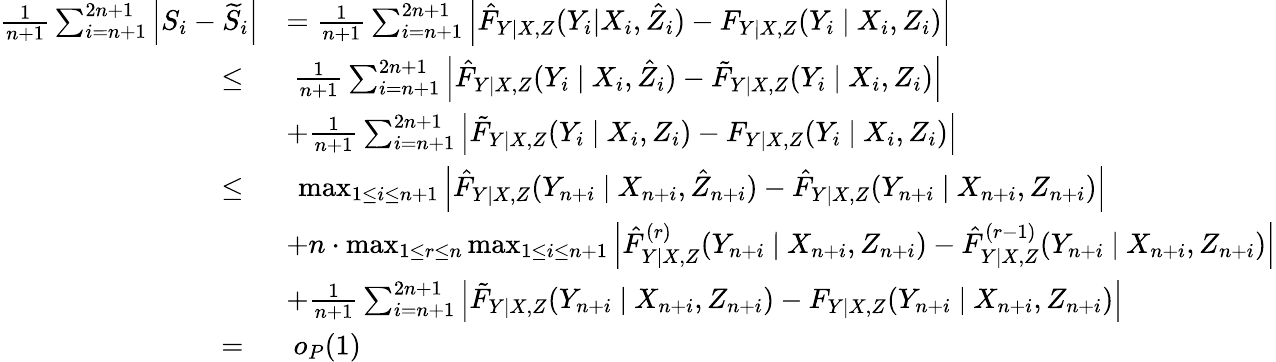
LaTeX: \begin{array}{rl}{\frac{1}{n+1}\sum_{i=n+1}^{2n+1}\left|S_{i}-\widetilde{S}_{i}\right|}&{=\frac{1}{n+1}\sum_{i=n+1}^{2n+1}\left|\hat{F}_{Y|X,Z}(Y_{i}|X_{i},\hat{Z}_{i})-F_{Y|X,Z}(Y_{i}\ |\ X_{i},Z_{i})\right|}\\ {\leq\ }&{\ \frac{1}{n+1}\sum_{i=n+1}^{2n+1}\left|\hat{F}_{Y|X,Z}(Y_{i}\ |\ X_{i},\hat{Z}_{i})-\tilde{F}_{Y|X,Z}(Y_{i}\ |\ X_{i},Z_{i})\right|}\\ &{+\frac{1}{n+1}\sum_{i=n+1}^{2n+1}\left|\tilde{F}_{Y|X,Z}(Y_{i}\ |\ X_{i},Z_{i})-F_{Y|X,Z}(Y_{i}\ |\ X_{i},Z_{i})\right|}\\ {\leq\ }&{\ \operatorname*{max}_{1\leq i\leq n+1}\left|\hat{F}_{Y|X,Z}(Y_{n+i}\ |\ X_{n+i},\hat{Z}_{n+i})-\hat{F}_{Y|X,Z}(Y_{n+i}\ |\ X_{n+i},Z_{n+i})\right|}\\ &{+n\cdot\operatorname*{max}_{1\leq r\leq n}\operatorname*{max}_{1\leq i\leq n+1}\left|\hat{F}_{Y|X,Z}^{(r)}(Y_{n+i}\ |\ X_{n+i},Z_{n+i})-\hat{F}_{Y|X,Z}^{(r-1)}(Y_{n+i}\ |\ X_{n+i},Z_{n+i})\right|}\\ &{+\frac{1}{n+1}\sum_{i=n+1}^{2n+1}\left|\tilde{F}_{Y|X,Z}(Y_{n+i}\ |\ X_{n+i},Z_{n+i})-F_{Y|X,Z}(Y_{n+i}\ |\ X_{n+i},Z_{n+i})\right|}\\ {=\ }&{\ o_{P}(1)}\end{array}